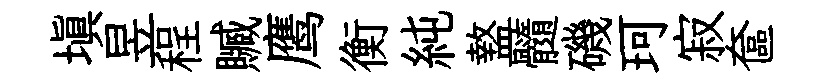
填昱程贓鹰衡純盩髓磯珂寂奩